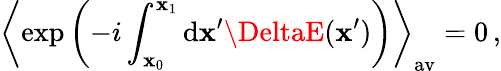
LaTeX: \left\langle\exp\left(-i\int_{\mathbf{x}_{0}}^{\mathbf{x}_{1}}\mathrm{{d}}\mathbf{x}^{\prime}\DeltaE(\mathbf{x}^{\prime})\right)\right\rangle_{\mathrm{{av}}}=0\, ,